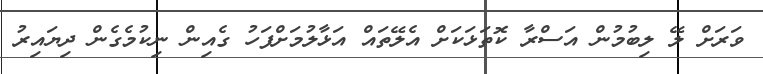
ވަރަށް ލޭ ލިބުމުން އަސްރާ ކޮތަޅަކަށް އެލޭތައް އަޅާލުމަށްފަހު ގެއިން ނިކުމެގެން ދިޔައިރު